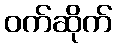
ဝက်ဆိုက်